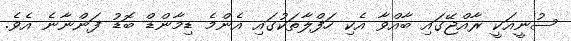
ސުނީއަކީ ރާއްޖޭގައި ބާއްވާ އެކި ހަފްލާތަކުގައި އެންމެ ޑިމާންޑް ބޮޑު ފަންނާނެ އެވެ.